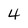
Character: 4